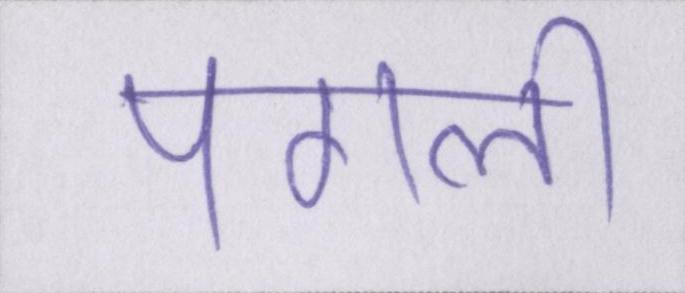
पगली